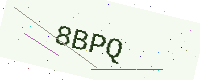
Text: 8BPQ